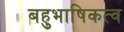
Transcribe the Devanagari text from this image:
बहुभाषिकत्व